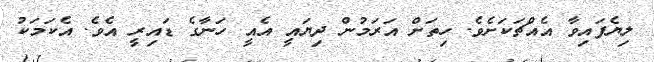
ލިޔެފައިވާ އެއްޗަކަށެވެ. ހިތަށް އަރަމުން ދިޔައީ އެއީ ހަނާގެ ޑައިރީ އެވެ. އެކަމަކު